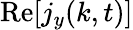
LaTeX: \operatorname{Re}[j_{y}(k,t)]